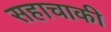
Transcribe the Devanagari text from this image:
सहाचाकी